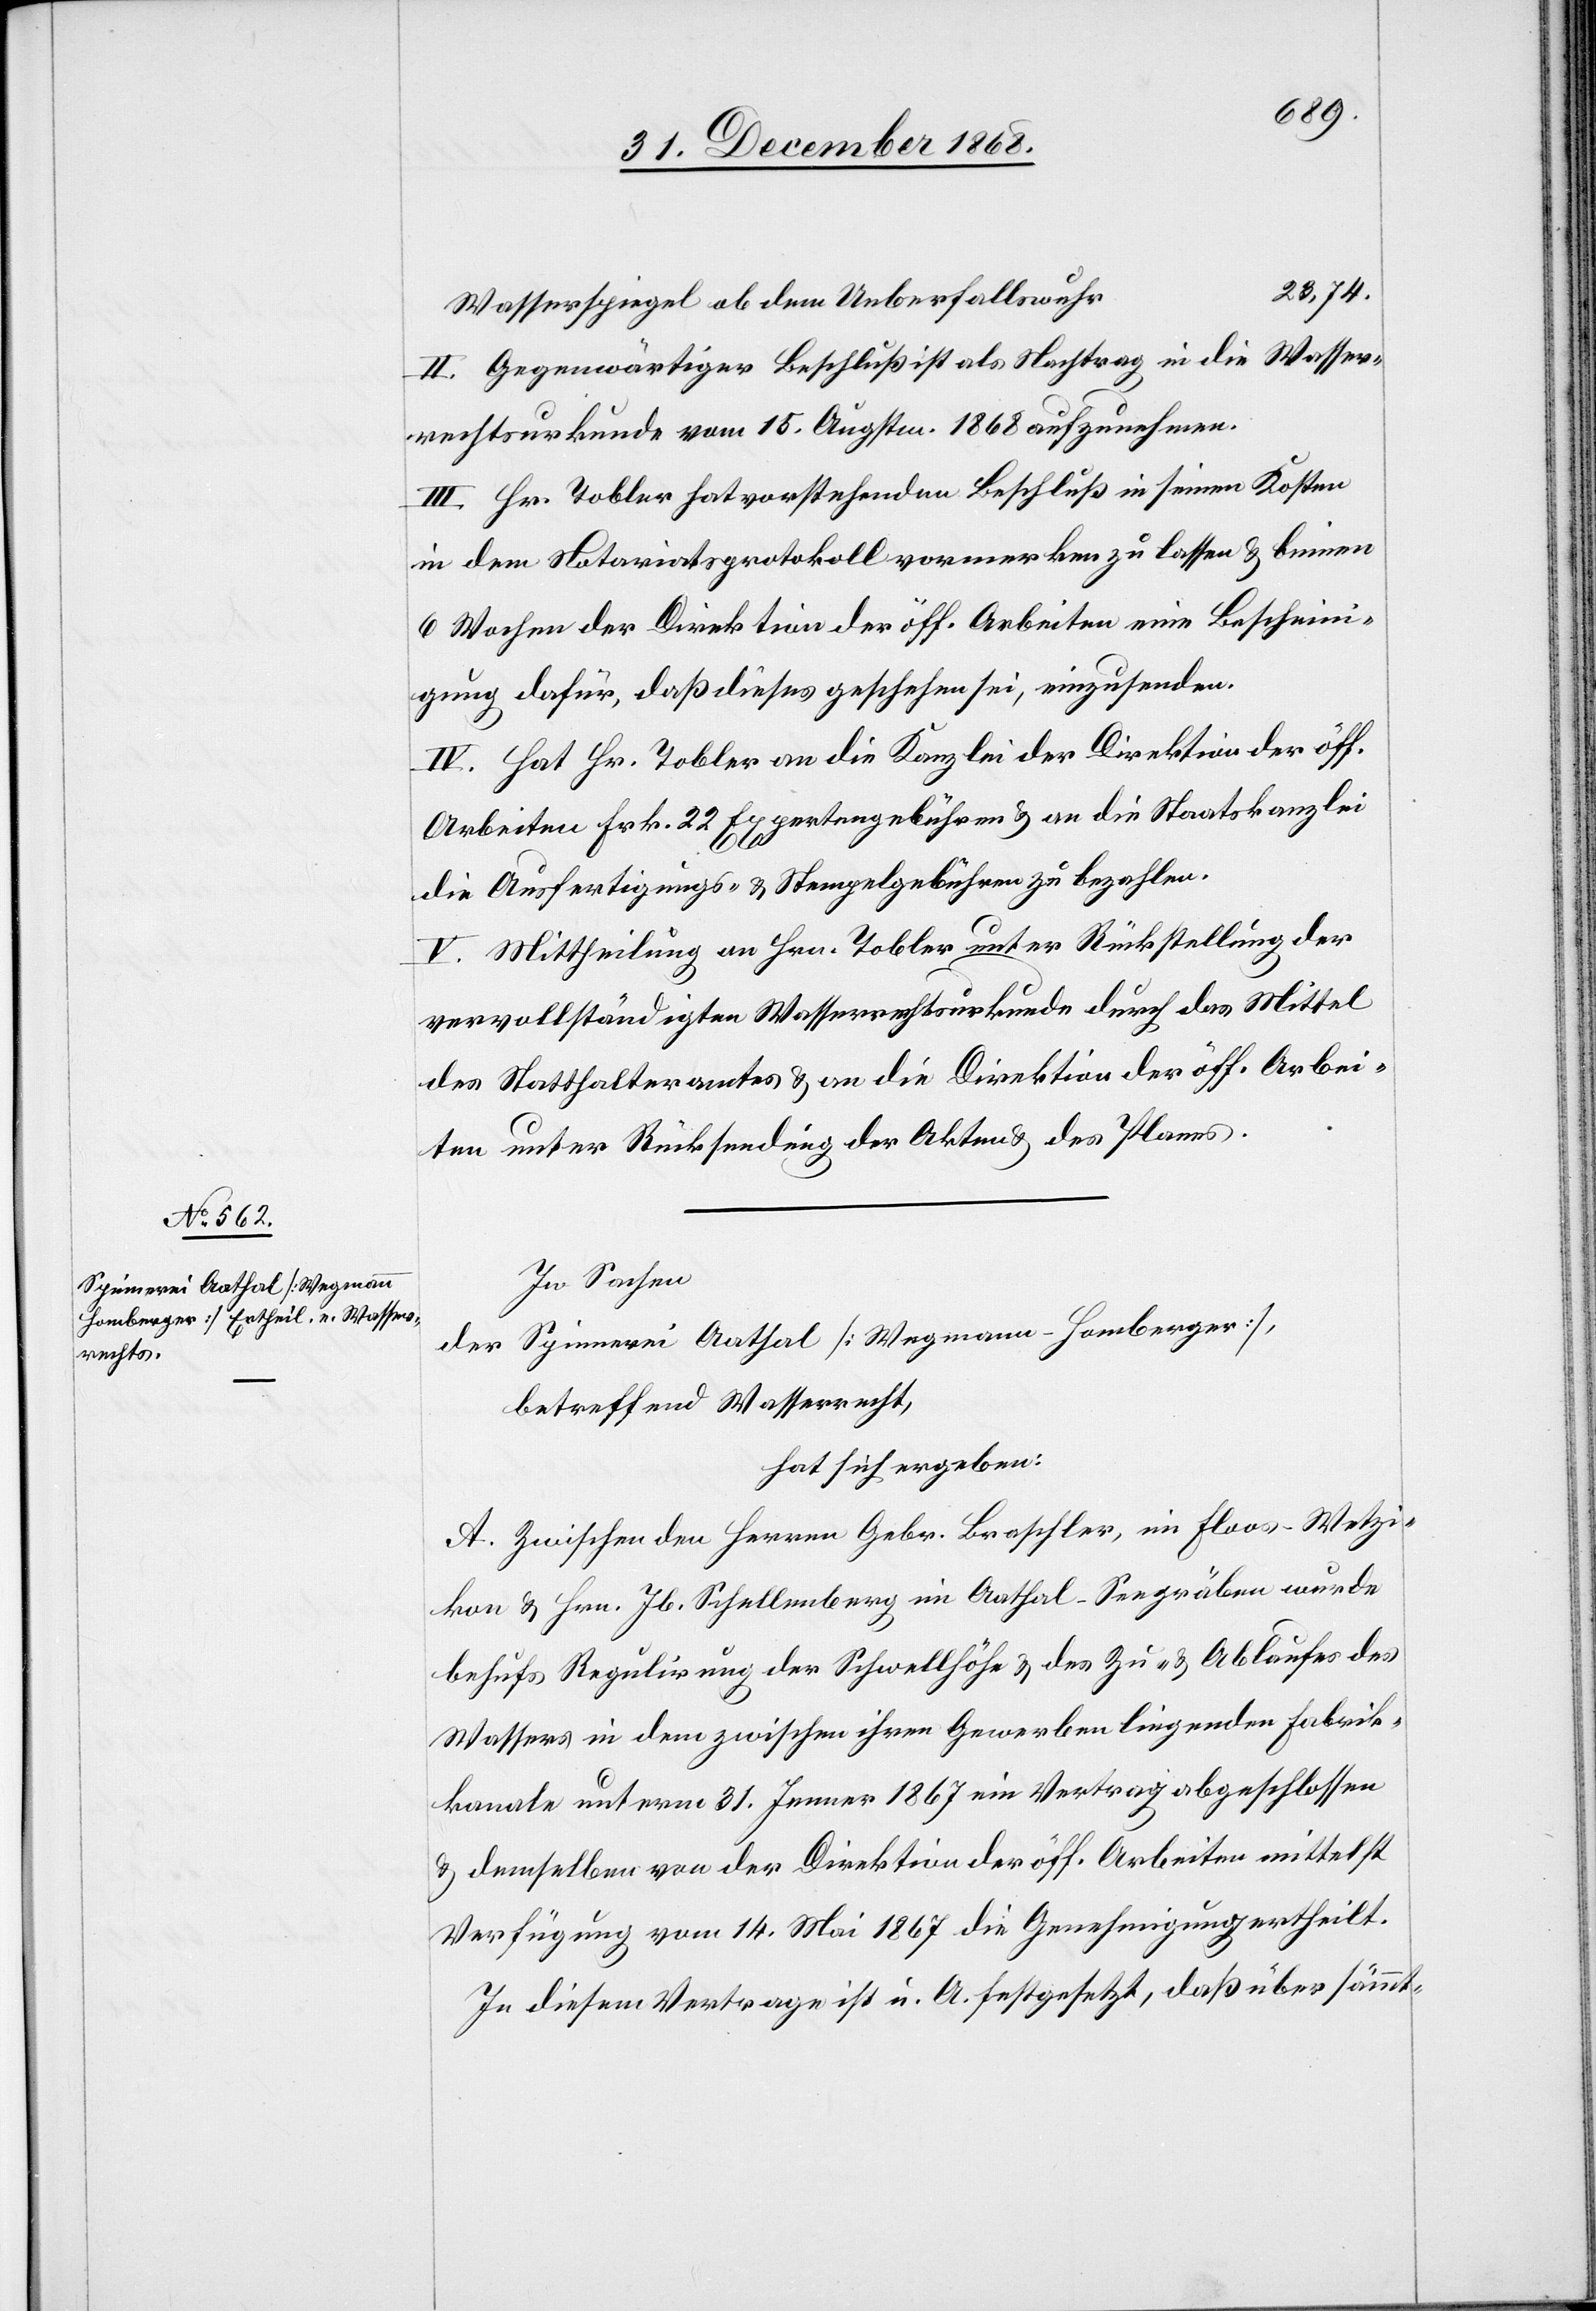
23,74.
Wasserspiegel ob dem Ueberfallswuhr
II. Gegenwärtiger Beschluß ist als Nachtrag in die Wasser¬
rechtsurkunde vom 15. Augstm. 1868 aufzunehmen.
III. Hr. Tobler hat vorstehenden Beschluß in seinen Kosten
in dem Notariatsprotokoll vormerken zu lassen & binnen
6 Wochen der Direktion der öff. Arbeiten eine Bescheini¬
gung dafür, daß dieses geschehen sei, einzusenden.
IV. Hat Hr. Tobler an die Kanzlei der Direktion der öff.
Arbeiten Frk. 22 Expertengebühren & an die Staatskanzlei
die Ausfertigungs- & Stempelgebühren zu bezahlen.
V. Mittheilung an Hrn. Tobler unter Rückstellung der
vervollständigten Wasserrechtsurkunde durch das Mittel
des Statthalteramtes & an die Direktion der öff. Arbei¬
ten unter Rücksendung der Akten & des Planes.
In Sachen
Spinnerei Aathal [Wegmann-Homberger],
der
betreffend Wasserrecht,
hat sich ergeben:
A. Zwischen den Herren Gebr. Braschler, im Floos - Wetzi¬
kon & Hrn. Jb. Schellenberg im Aathal - Seegräben wurde
behufs Regulirung der Schwellhöhe & des Zu- & Ablaufes des
Wassers in dem zwischen ihren Gewerben liegenden Fabrik¬
kanale unterm 31. Jenner 1867 ein Vertrag abgeschlossen
& demselben von der Direktion der öff. Arbeiten mittelst
Verfügung vom 14. Mai 1867 die Genehmigung ertheilt.
In diesem Vertrage ist u. A. festgesetzt, daß über sämmt-